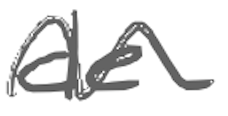
Text: de
Cross-out: wave
Writing tool: digital_gray